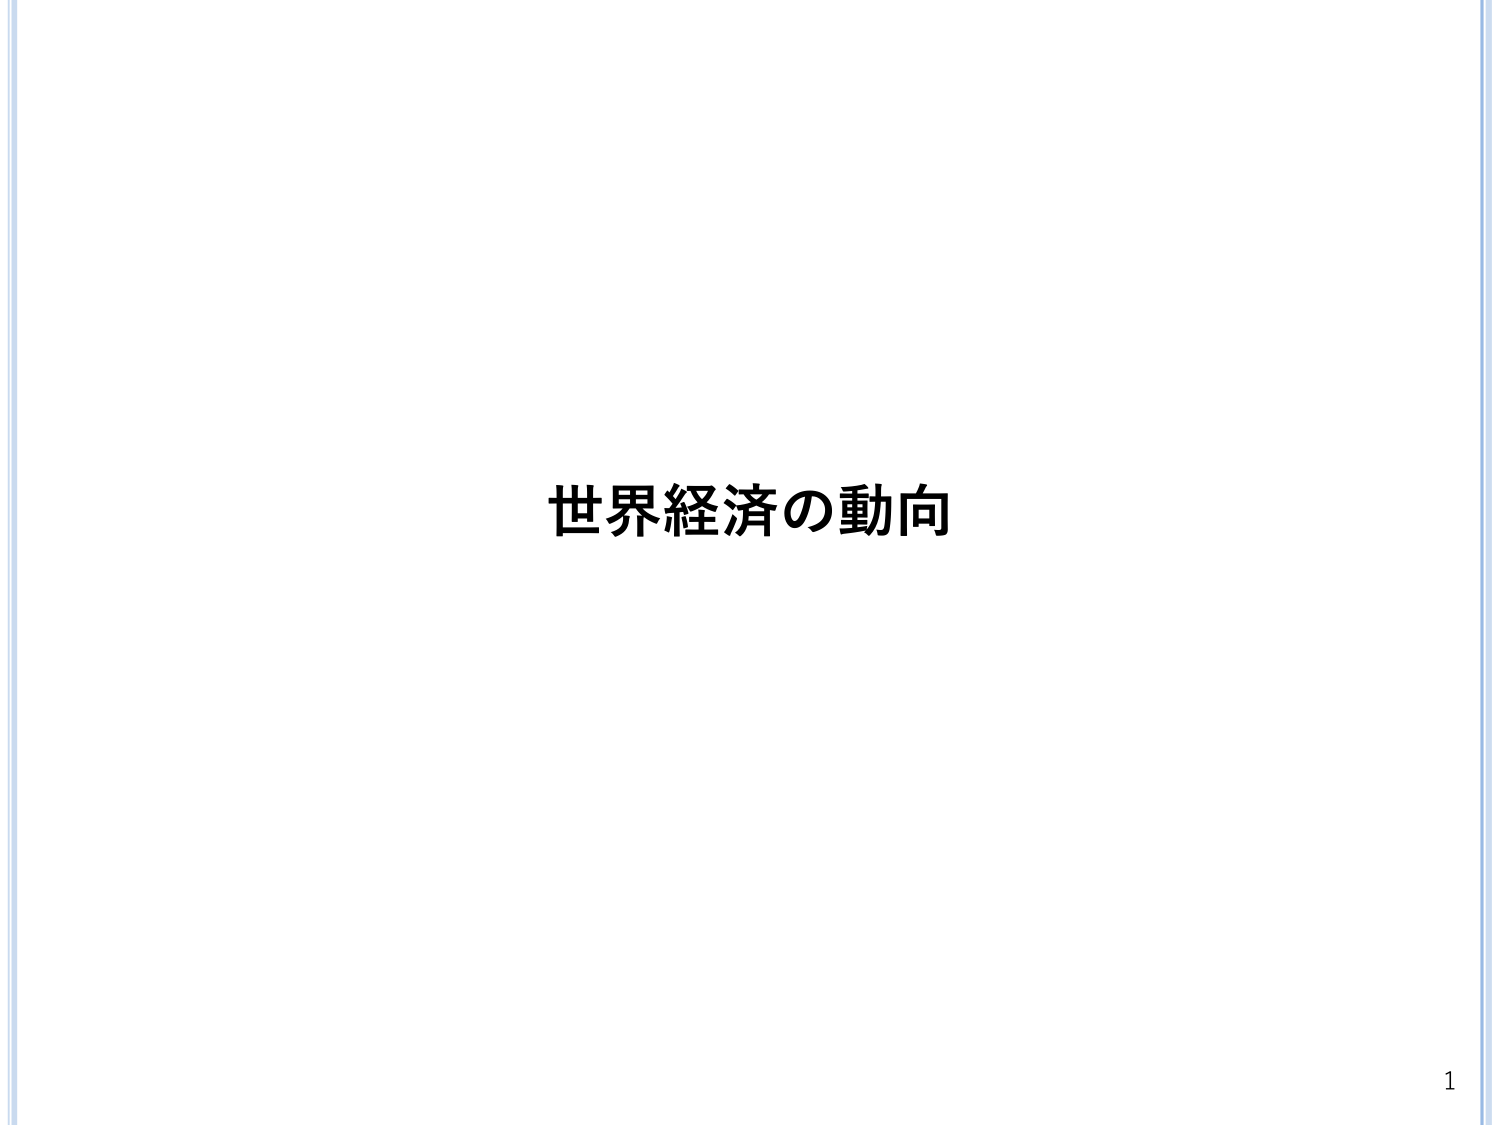
世界経済の動向
1